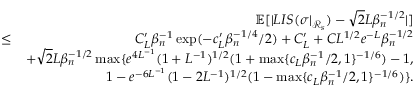
\begin{array} { r l r } & { } & { \mathbb { E } [ | L I S ( \sigma | _ { \mathcal { R } _ { s } } ) - \sqrt { 2 } L \beta _ { n } ^ { - 1 \slash 2 } | ] } \\ & { \leq } & { C _ { L } ^ { \prime } \beta _ { n } ^ { - 1 } \exp ( - c _ { L } ^ { \prime } \beta _ { n } ^ { - 1 \slash 4 } \slash 2 ) + C _ { L } ^ { \prime } + C L ^ { 1 \slash 2 } e ^ { - L } \beta _ { n } ^ { - 1 \slash 2 } } \\ & { } & { + \sqrt { 2 } L \beta _ { n } ^ { - 1 \slash 2 } \operatorname* { m a x } \{ e ^ { 4 L ^ { - 1 } } ( 1 + L ^ { - 1 } ) ^ { 1 \slash 2 } ( 1 + \operatorname* { m a x } \{ c _ { L } \beta _ { n } ^ { - 1 } \slash 2 , 1 \} ^ { - 1 \slash 6 } ) - 1 , } \\ & { } & { \quad \quad \quad \quad 1 - e ^ { - 6 L ^ { - 1 } } ( 1 - 2 L ^ { - 1 } ) ^ { 1 \slash 2 } ( 1 - \operatorname* { m a x } \{ c _ { L } \beta _ { n } ^ { - 1 } \slash 2 , 1 \} ^ { - 1 \slash 6 } ) \} . } \end{array}